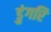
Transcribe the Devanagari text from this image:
डुंगरि